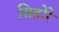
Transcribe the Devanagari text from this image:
सिहोरे